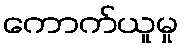
ကောက်ယူမှု